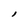
Character: I